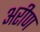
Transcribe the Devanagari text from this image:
अरीण